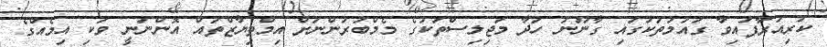
ކުރިއަރާފައިވާ ގައުމުތަކުގައި ގާނޫނު ހަދާ މަޖިލިސްތަކުގެ މެމްބަރުންނަށް އިމްތިޔާޒްތައް އޮންނަނީ ވަކި އިމެއްގެ